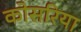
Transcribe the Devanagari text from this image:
कोसरिया